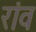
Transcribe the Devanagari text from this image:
रांव